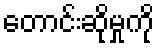
တောင်းဆိုမှုကို